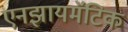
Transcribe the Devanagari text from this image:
एनझायमॅटिक